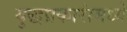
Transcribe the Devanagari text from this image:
युद्धप्रकारांमध्ये